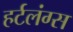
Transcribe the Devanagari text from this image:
हर्टलंग्स